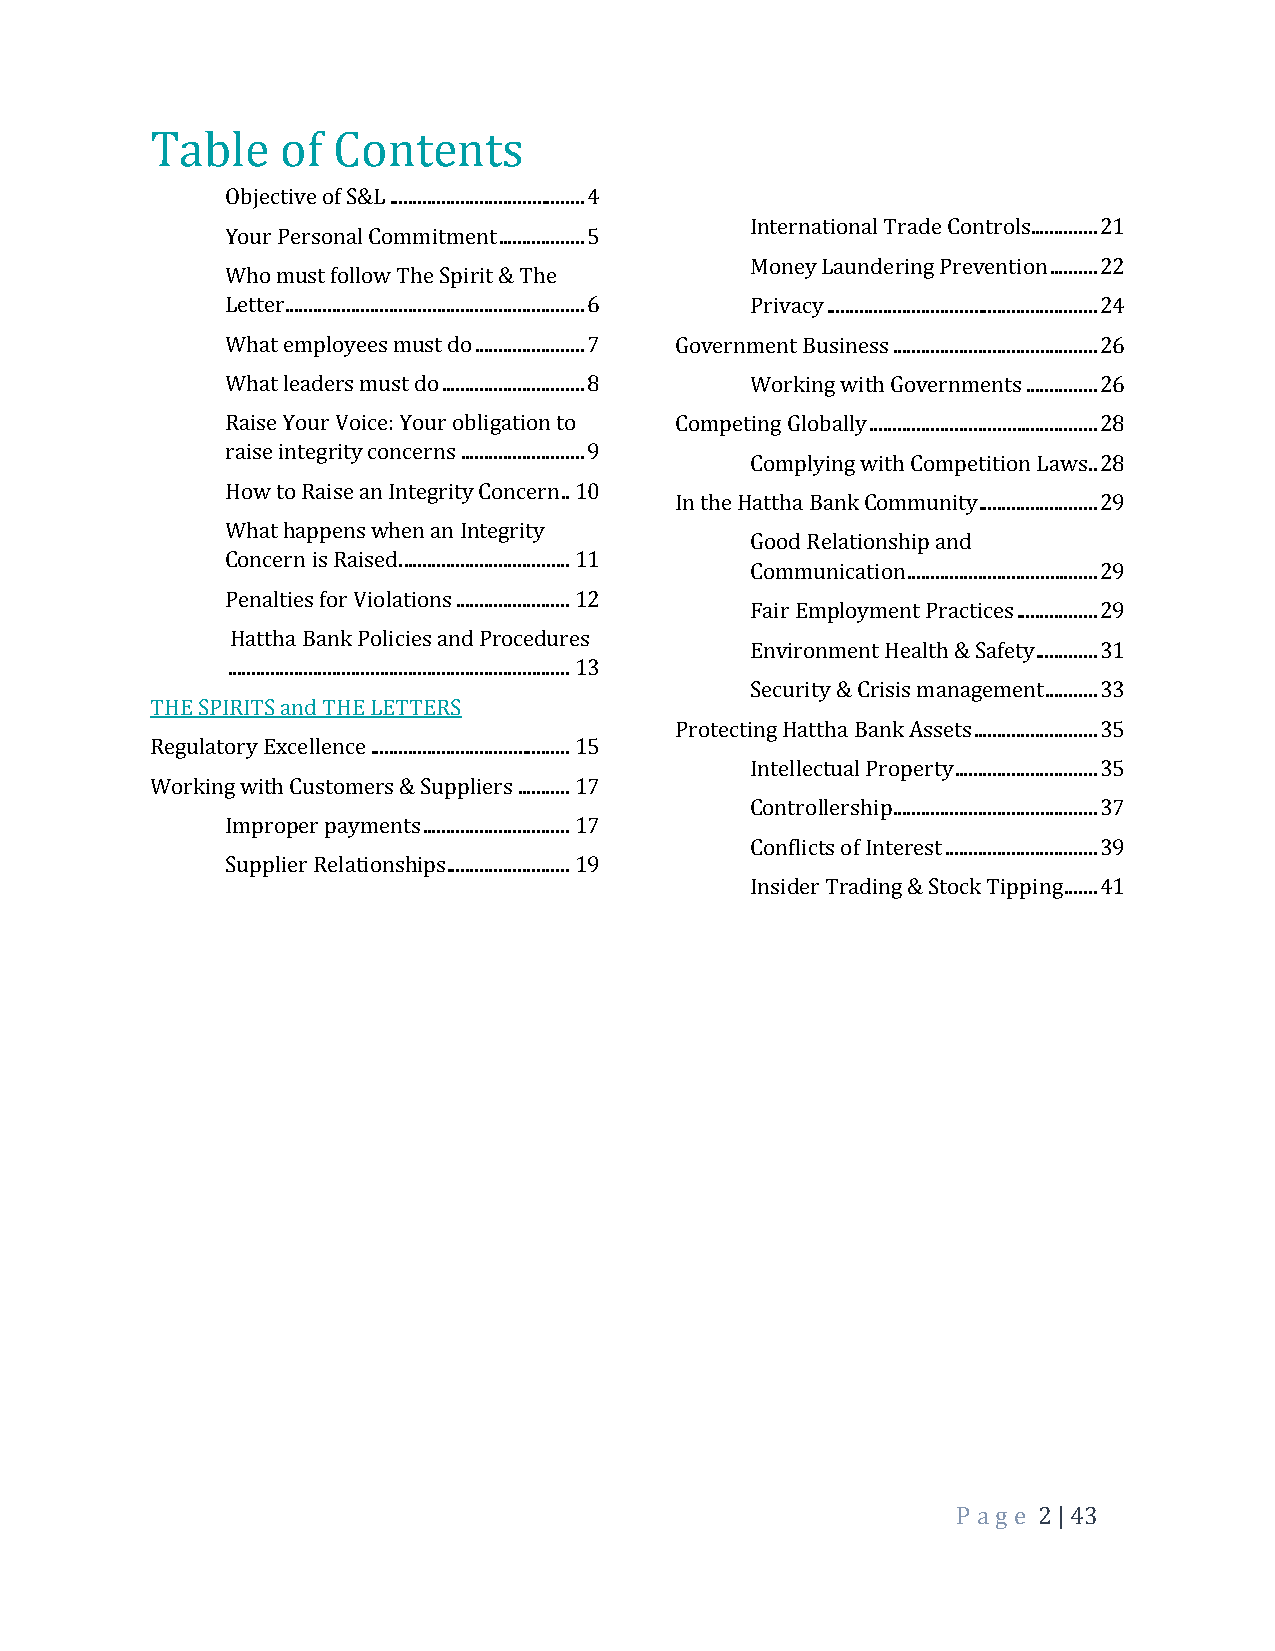
Table    of Contents
 Objective of S&L ......................................... 4
 International Trade Controls.............. 21
 Your Personal Commitment .................. 5
 Money Laundering Prevention .......... 22
 Who must follow The Spirit & The
 Letter ............................................................... 6 Privacy ......................................................... 24
 What employees must do ....................... 7 Government Business ........................................... 26
 What leaders must do .............................. 8 Working with Governments ............... 26
 Raise Your Voice: Your obligation to Competing Globally ................................................ 28
 raise integrity concerns .......................... 9
 Complying with Competition Laws .. 28
 How to Raise an Integrity Concern .. 10
 In the Hattha Bank Community ......................... 29
 What happens when an Integrity
 Good Relationship and
 Concern is Raised. ................................... 11
 Communication ........................................ 29
 Penalties for Violations ........................ 12
 Fair Employment Practices ................. 29
 Hattha Bank Policies and Procedures
 Environment Health & Safety ............. 31
 ........................................................................ 13
 Security & Crisis management ........... 33
 THE SPIRITS and THE LETTERS
 Protecting Hattha Bank Assets .......................... 35
 Regulatory Excellence .......................................... 15
 Intellectual Property .............................. 35
 Working with Customers & Suppliers ........... 17
 Controllership ........................................... 37
 Improper payments ............................... 17
 Conflicts of Interest ................................ 39
 Supplier Relationships .......................... 19
 Insider Trading & Stock Tipping ....... 41
 P a ge 2 | 43